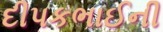
દીપકભાઈની